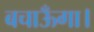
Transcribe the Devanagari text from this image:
बचाऊँगा।